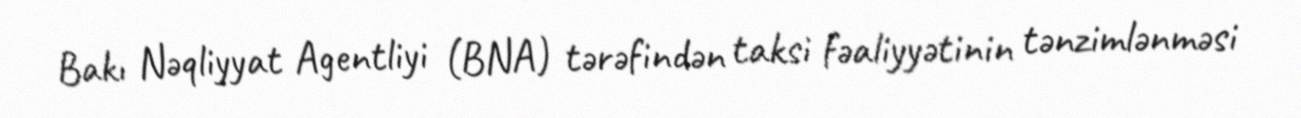
Bakı Nəqliyyat Agentliyi (BNA) tərəfindən taksi fəaliyyətinin tənzimlənməsi